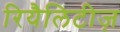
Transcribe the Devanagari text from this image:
रियैलिटीज़